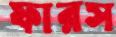
ফারস